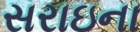
સરાઇના